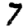
Digit: 7